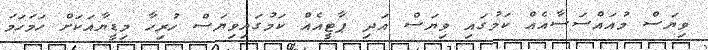
ވިޔަސް މުއައްސަސާއެއް ކަމުގައި ވިޔަސް އަދި ޕާޓީއެއް ކަމުގައިވިޔަސް ހުރިހާ މިޑީޔާއަކަށް ހަމަހަމަ